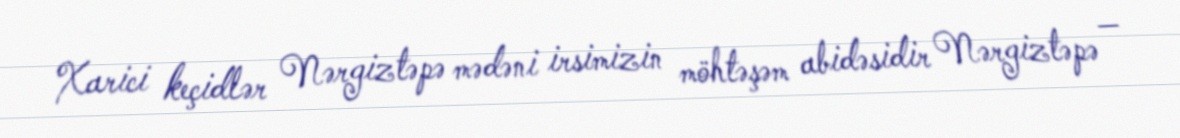
Xarici keçidlər Nərgiztəpə mədəni irsimizin möhtəşəm abidəsidir Nərgiztəpə —